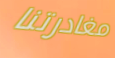
مغادرتنا